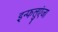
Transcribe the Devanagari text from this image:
इन्फलुएंजा